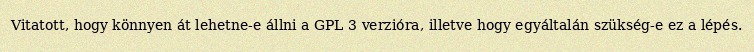
Vitatott, hogy könnyen át lehetne-e állni a GPL 3 verzióra, illetve hogy egyáltalán szükség-e ez a lépés.